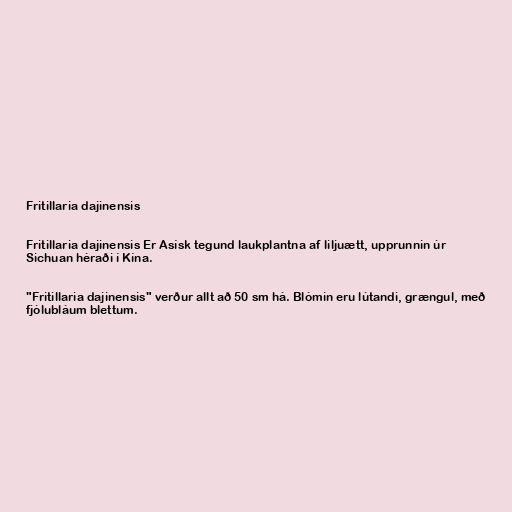
Fritillaria dajinensis

Fritillaria dajinensis Er Asísk tegund laukplantna af liljuætt, upprunnin úr
Sichuan héraði í Kína.

"Fritillaria dajinensis" verður allt að 50 sm há. Blómin eru lútandi, grængul, með
fjólubláum blettum.